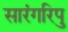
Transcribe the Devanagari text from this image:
सारंगरिपु